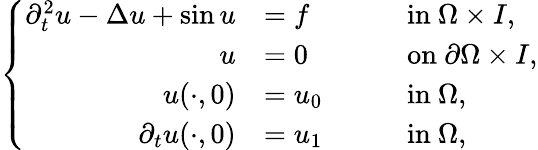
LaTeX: \left\{ \begin{array}{rlrl}{\partial_{t}^{2}u-\Delta u+\sin u}&{=f}&&{\quad\mathrm{in}~\Omega\times I,}\\ {u}&{=0}&&{\quad\mathrm{on}~\partial\Omega\times I,}\\ {u(\cdot,0)}&{=u_{0}}&&{\quad\mathrm{in}~\Omega,}\\ {\partial_{t}u(\cdot,0)}&{=u_{1}}&&{\quad\mathrm{in}~\Omega,}\end{array}\right.